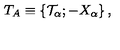
T _ { A } \equiv \left\{ { \cal T } _ { \alpha } ; - X _ { \alpha } \right\} ,